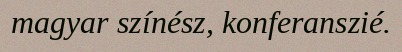
magyar színész, konferanszié.